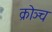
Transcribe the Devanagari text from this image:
क्रोञ्च